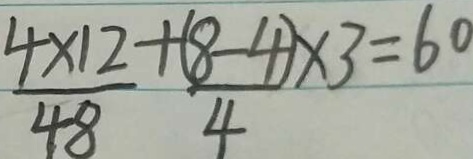
\frac { 4 \times 1 2 } { 4 8 } + \frac { ( 8 - 4 ) } { 4 } \times 3 = 6 0